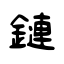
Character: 鏈